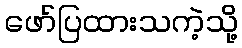
ဖော်ပြထားသကဲ့သို့